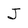
Character: J